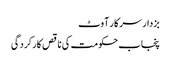
بزدار سرکار آوٹ
پنجاب حکومت کی ناقص کارکردگی